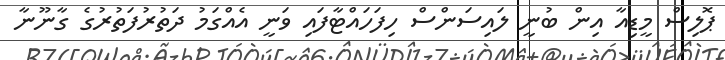
ޕޮލިސް މީޑިއާ އިން ބުނީ ލައިސަންސް ހިފަހައްޓާފައި ވަނީ އެއްގަމު ދަތުރުފަތުރުގެ ގާނޫނާ